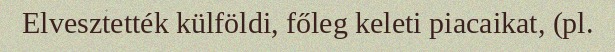
Elvesztették külföldi, főleg keleti piacaikat, (pl.